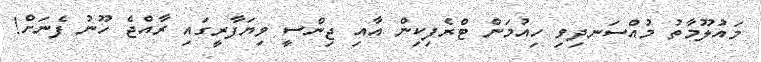
މައުލޫމާތު މުއްސަނދިވި ހިއުމަން ޓްރެފިކިން އާއި ޖިންސީ ވިޔަފާރީގައި ރާއްޖެ ހޫނު ފެނަށް!